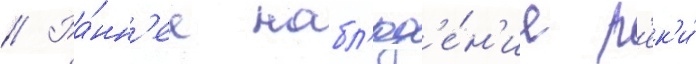
// Ра́нн'ее набл'юд'е́н'ие р'ек'и́